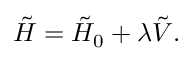
\tilde { H } = \tilde { H } _ { 0 } + \lambda \tilde { V } .